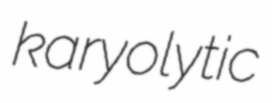
karyolytic